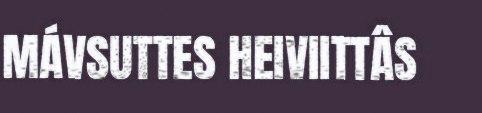
MÁVSUTTES HEIVIITTÂS